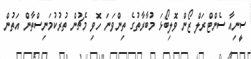
ސީނިއާ ސެންޓްރަލް ޒޯން ވޮލިބޯޅަ މުބާރާތުގެ ތިންވަނަ ހޮވި މެޗުން ތުރުކުމަނިސްތާން އަތުން